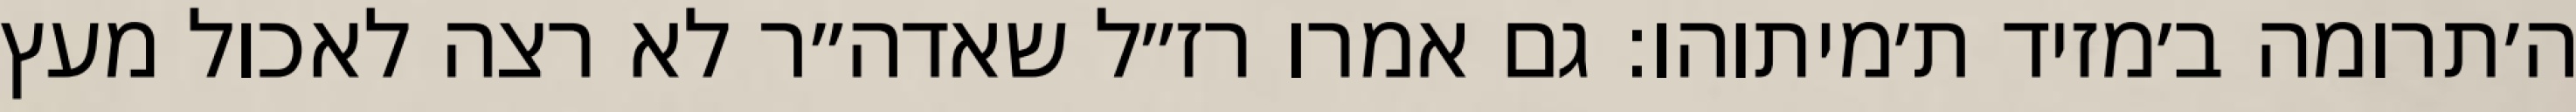
ה׳תרומה ב׳מזיד ת׳מיתוהו: גם אמרו רז״ל שאדה״ר לא רצה לאכול מעץ